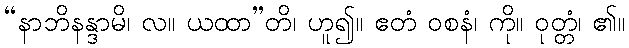
“နာဘိနန္ဒာမိ၊ လ။ ယထာ”တိ၊ ဟူ၍။ ဧတံ ဝစနံ၊ ကို။ ဝုတ္တံ၊ ၏။